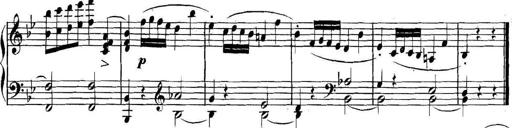
Title: Collected Piano Sonatas
Composer: Muzio Clementi